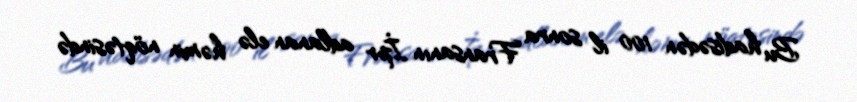
Bu hadisədən 100 il sonra Fransanın İpr adlanan elə həmin nöqtəsində